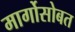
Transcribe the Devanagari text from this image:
मार्गोसोबत